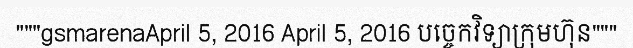
"""gsmarenaApril 5, 2016 April 5, 2016 បច្ចេកវិទ្យាក្រុមហ៊ុន"""